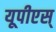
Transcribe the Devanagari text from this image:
यूपीएस्